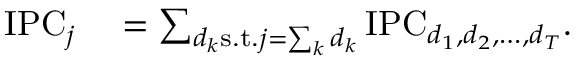
\begin{array} { r l } { \mathrm { I P C } _ { j } } & { { } = \sum _ { d _ { k } \mathrm { s . t . } j = \sum _ { k } d _ { k } } \mathrm { I P C } _ { d _ { 1 } , d _ { 2 } , \ldots , d _ { T } } . } \end{array}